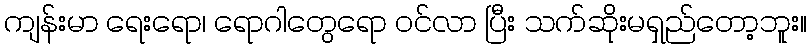
ကျန်းမာ ရေးရော၊ ရောဂါတွေရော ဝင်လာ ပြီး သက်ဆိုးမရှည်တော့ဘူး။